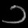
Digit: ၁